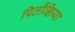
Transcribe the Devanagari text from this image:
पितौंझिया